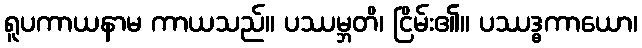
ရူပကာယနာမ ကာယသည်။ ပဿမ္ဘတိ၊ ငြိမ်း၏။ ပဿဒ္ဓကာယော၊